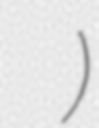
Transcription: හිරු ටීවී)